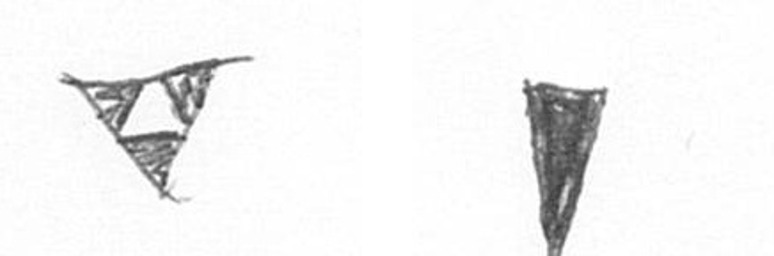
S J